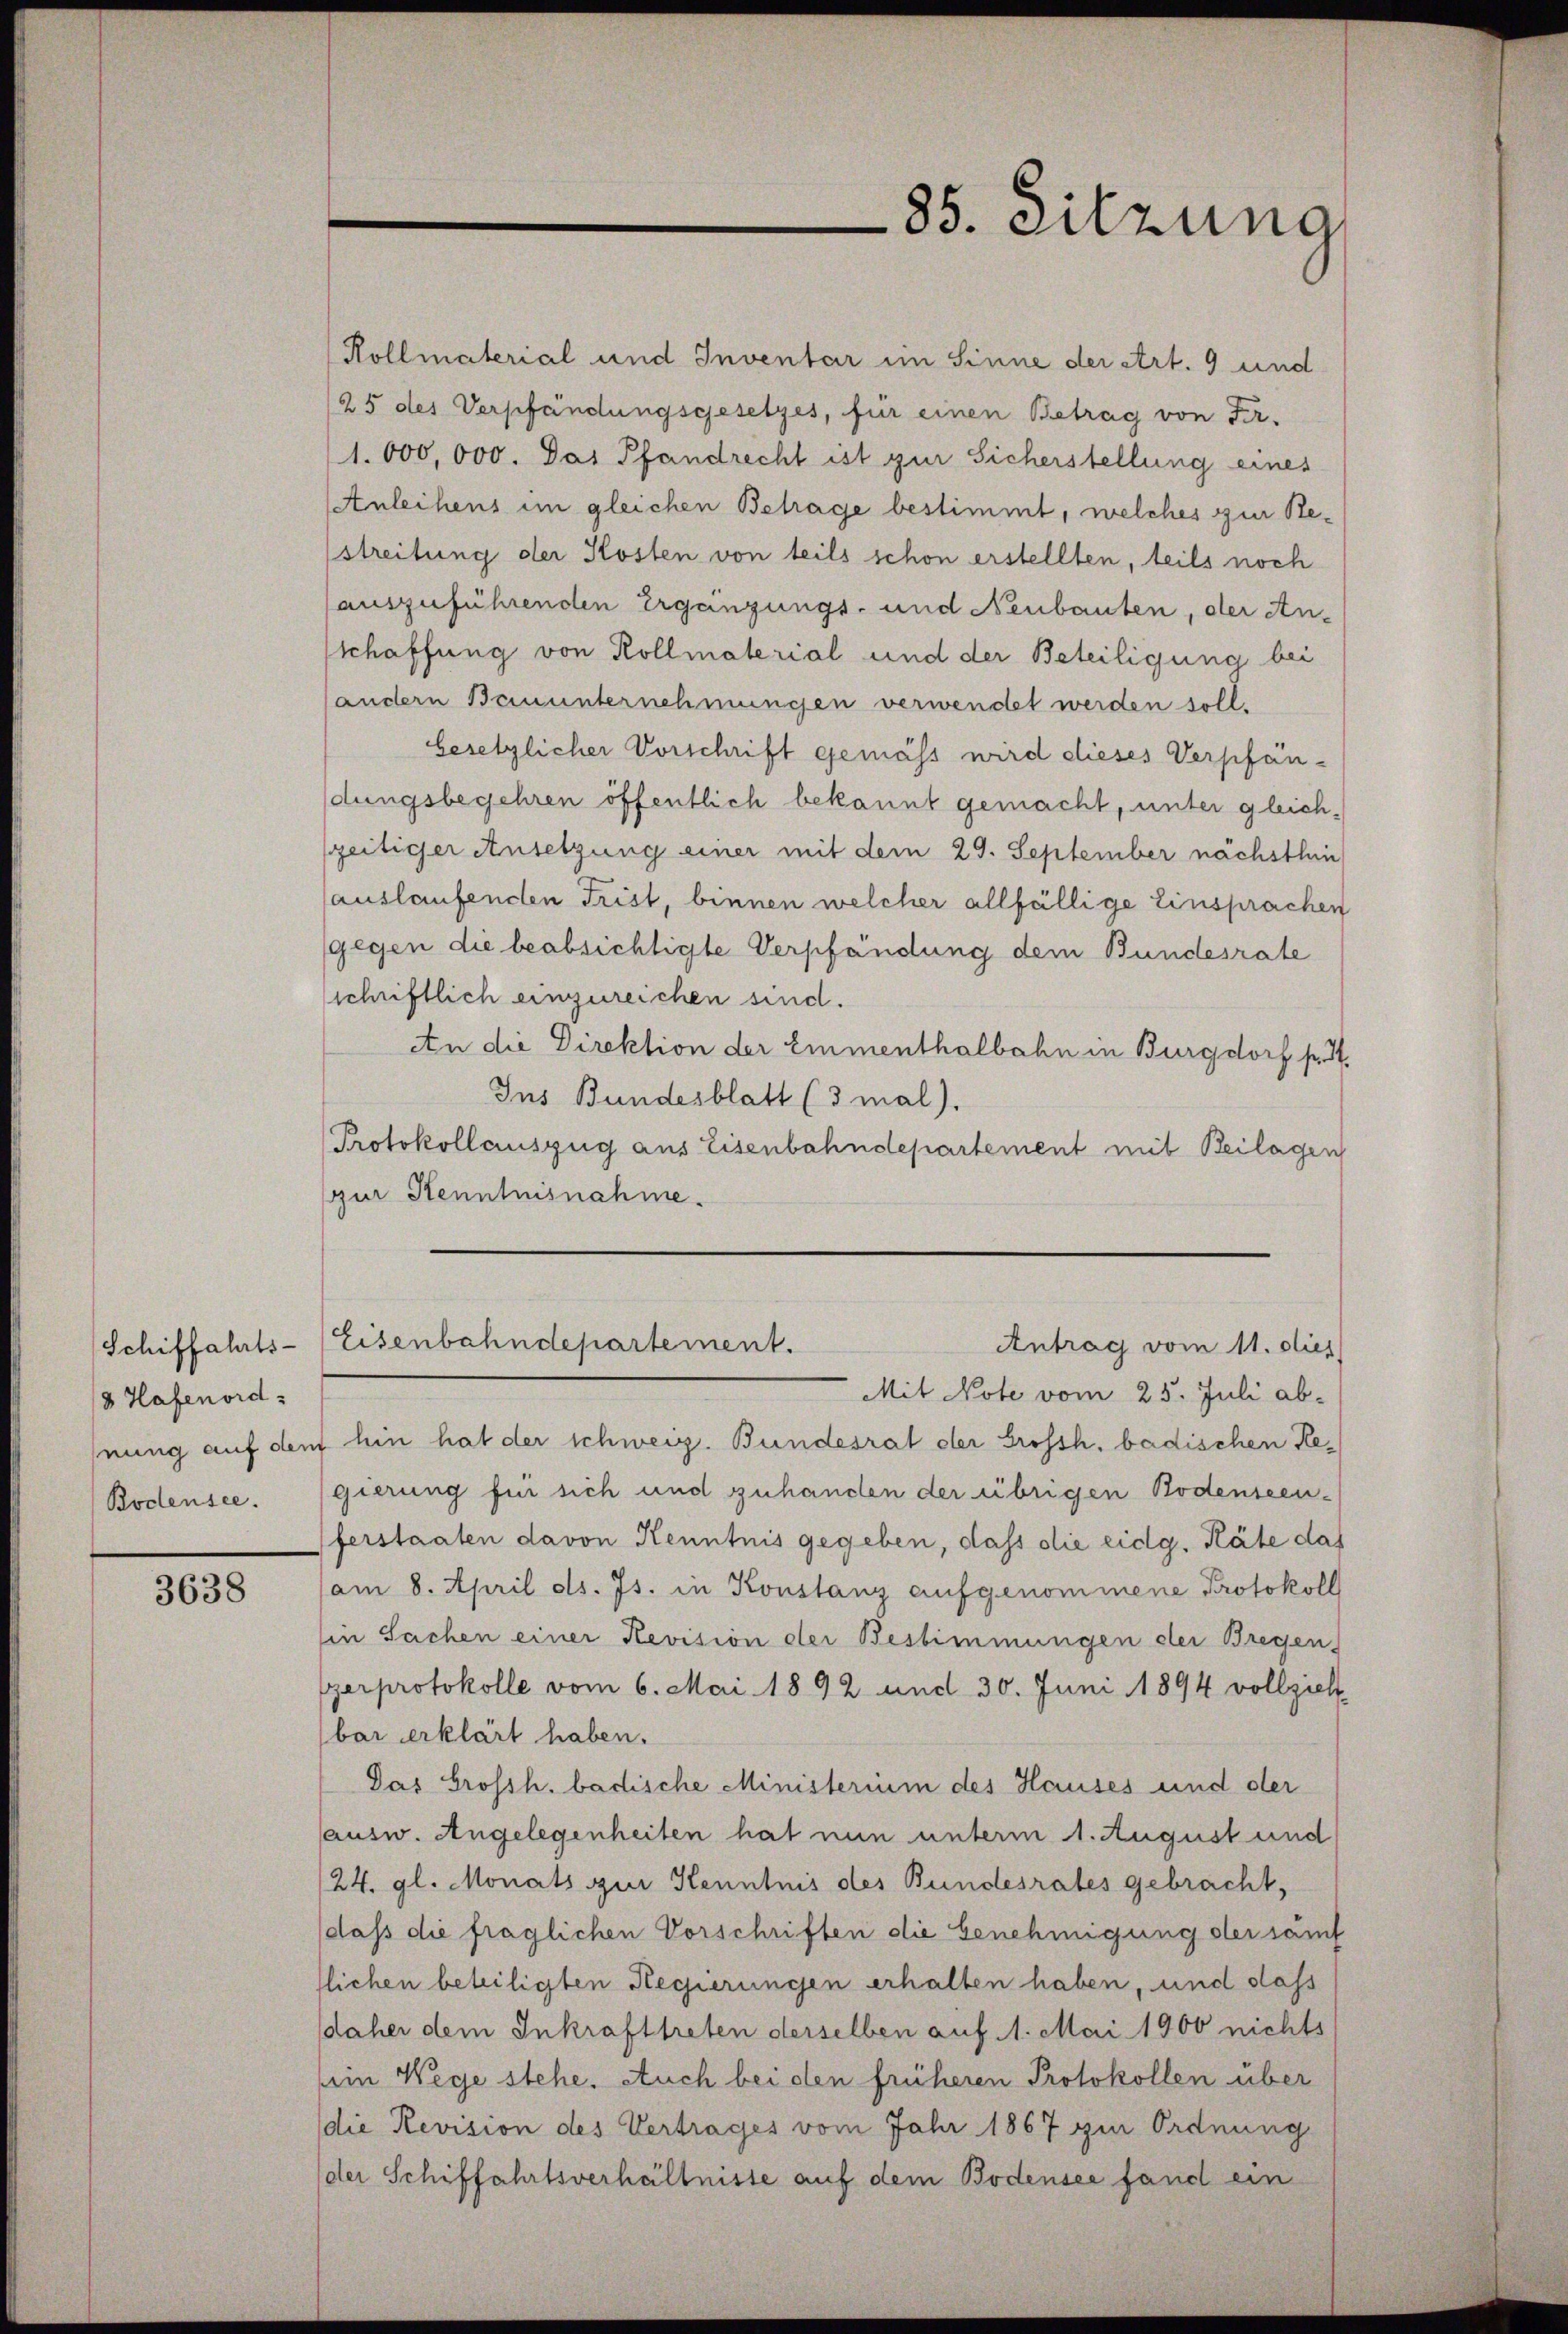
Schiffahrts-
8 Hafenord¬
Bodensee.

3638

Rollmaterial und Inventar im Sinne der Art. 9 und
25 des Verpfändungsgesetzes, für einen Betrag von Fr.
1.000,000. Das Pfandrecht ist zur Sicherstellung eines
Anleihens im gleichen Betrage bestimmt, welches zur Restreitung der Kosten von teils schon erstellten, teils noch
auszuführenden Ergänzungs- und Neubauten, der Anschaffung von Rollmaterial und der Beteiligung bei
andern Bauunternehmungen verwendet werden soll.
besetzlicher Vorschrift gemäss wird dieses Verpfän-
dungsbegehren öffentlich bekannt gemacht, unter gleichszeitiger Ansetzung einer mit dem 29. September nächsthei
auslaufenden Frist, binnen welcher allfällige Einsprachen
gegen die beabsichtigte Verpfändung dem Bundesrate
sschriftlich einzureichen sind.
An die Direktion der Emmenthalbahn in Burgdorf fr. 3.
Ins Bundesblatt (3 mal).
Protokollauszug aus Eisenbahndepartement mit Beilagen
zur Kenntnisnahme.
Eisenbahndepartement.
Antrag vom 11. dies
Mit Note vom 25. Juli ab-
nung auf den hin hat der schweiz. Bundesrat der Grossh. badischen Regierung für sich und zuhanden der übrigen Bodenseenferstaaten davon Kenntnis gegeben, dass die eidg. Räte das
am 8. April ds. Js. in Konstanz aufgenommene Protokoll
in Sachen einer Revision der Bestimmungen der Bregen
gerprotokolle vom 6. Mai 1892 und 30. Juni 1894 vollzieh
bar erklärt haben.
Das Grossh. badische Ministerium des Hauses und der
ausw. Angelegenheiten hat nun unterm 1. August und
24. gl. Monats zur Kenntnis des Bundesrates gebracht,
dass die fraglichen Vorschriften die Genehmigung der sämt
tlichen beteiligten Regierungen erhalten haben, und dass
daher dem Inkrafttreten derselben auf 1. Mai 1900 nichts
Ein Wege stehe. Auch bei den früheren Protokollen über
die Revision des Vertrages vom Jahr 1867 im Ordnung
der Schiffahrtsverhältnisse auf dem Bodensee fand ein

85. Sitzung